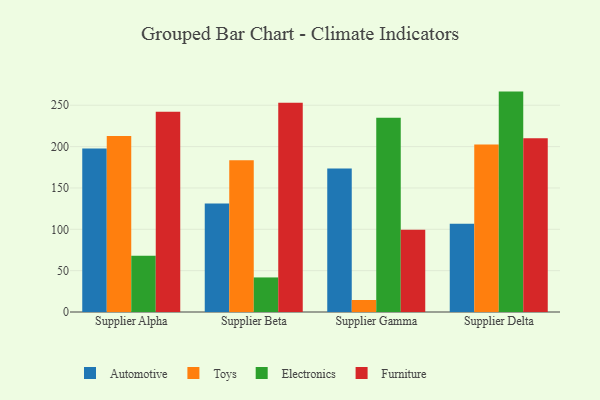
{"axis": {"x": "Supplier", "y": "Inventory Turnover"}, "legend": ["Automotive", "Electronics", "Furniture", "Toys"], "data": [{"x": "Supplier Alpha", "y": 197.6, "type": "Automotive"}, {"x": "Supplier Alpha", "y": 212.7, "type": "Toys"}, {"x": "Supplier Alpha", "y": 68.1, "type": "Electronics"}, {"x": "Supplier Alpha", "y": 242.0, "type": "Furniture"}, {"x": "Supplier Beta", "y": 131.1, "type": "Automotive"}, {"x": "Supplier Beta", "y": 183.6, "type": "Toys"}, {"x": "Supplier Beta", "y": 41.8, "type": "Electronics"}, {"x": "Supplier Beta", "y": 253.0, "type": "Furniture"}, {"x": "Supplier Gamma", "y": 173.5, "type": "Automotive"}, {"x": "Supplier Gamma", "y": 14.5, "type": "Toys"}, {"x": "Supplier Gamma", "y": 234.8, "type": "Electronics"}, {"x": "Supplier Gamma", "y": 99.5, "type": "Furniture"}, {"x": "Supplier Delta", "y": 106.8, "type": "Automotive"}, {"x": "Supplier Delta", "y": 202.4, "type": "Toys"}, {"x": "Supplier Delta", "y": 266.5, "type": "Electronics"}, {"x": "Supplier Delta", "y": 210.2, "type": "Furniture"}]}